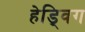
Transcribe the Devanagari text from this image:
हेड्विग